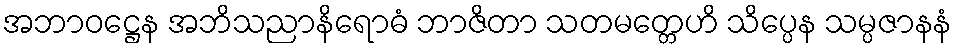
အဘာဝဋ္ဌေန အဘိသညာနိရောဓံ ဘာဇိတာ သတမတ္တေဟိ သိပ္ပေန သမ္ပဇာနနံ